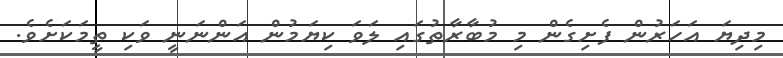
މިދިޔަ އަހަރުން ފެށިގެން މި މުބާރާތުގައި ލަވަ ކިޔަމުން އަންނަނީ ވަކި ތީމަކަށެވެ.